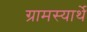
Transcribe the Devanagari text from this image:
ग्रामस्यार्थे